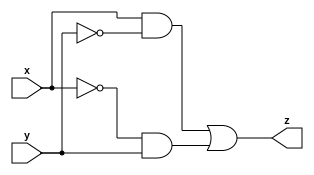
module xorgate(
input x,y,
output z
);
assign z=(x&(!y))|((!x)&y);
endmodule